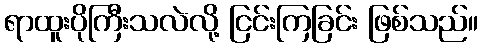
ရာထူးပိုကြီးသလဲလို့ ငြင်းကြခြင်း ဖြစ်သည်။